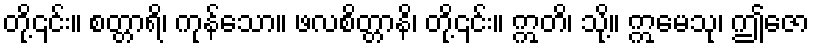
တို့၎င်း။ စတ္တာရိ၊ ကုန်သော။ ဖလစိတ္တာနိ၊ တို့၎င်း။ ဣတိ၊ သို့။ ဣမေသု၊ ဤဇော